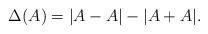
LaTeX: \begin{align*}\Delta(A) = |A - A| - |A+A|.\end{align*}